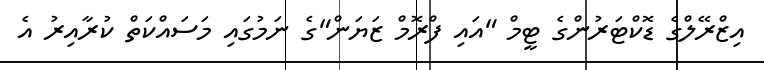
އިޒްރޭލްގެ ޑޮކްޓަރުންގެ ޓީމް "އައި ފްރޮމް ޒަޔަން"ގެ ނަމުގައި މަސައްކަތް ކުރާއިރު އެ